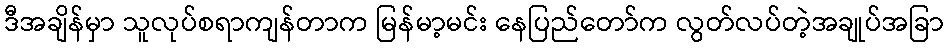
ဒီအချိန်မှာ သူလုပ်စရာကျန်တာက မြန်မာ့မင်း နေပြည်တော်က လွတ်လပ်တဲ့အချုပ်အခြာ